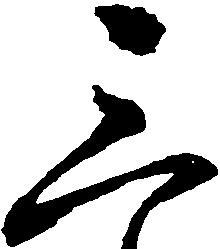
三